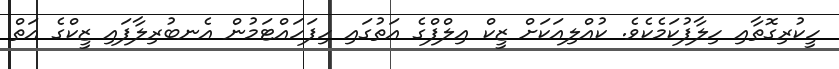
ހީކުރިގޮތާއި ހިލާފުކަމެކެވެ. ކުއްލިއަކަށް ޒީކް އިލްފްގެ އަތުގައި ހިފަހައްޓަމުން އެނބުރިލާފައި ޒީކްގެ އަތް